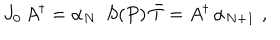
J _ { 0 } \, A ^ { \dagger } = \alpha _ { N } \, \, \, S ( P ) \, \bar { T } = A ^ { \dagger } \, \alpha _ { N + 1 } \, \, ,